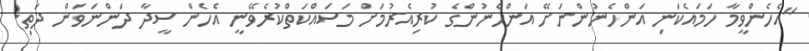
"އެހެންވީމާ ހަމައެކަނި އަންހެނުންނަށޭ އަންހެނުންގެ ކުރިއެރުމަށް މަސައްކަތްކުރެވޭނީ އެހެން ސީދާ ދަންނަވަން ދަތި.